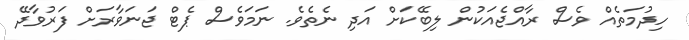
ހިދުމަތެއް ވެސް ރާއްޖެއަކުން ލިބޭކަށް އަދި ނެތެވެ. ނަމަވެސް ޕެޓް ޖަނަވާރަށް ފަރުވާދޭ